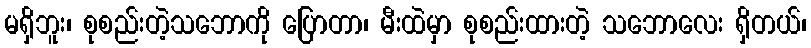
မရှိဘူး၊ စုစည်းတဲ့သဘောကို ပြောတာ၊ မီးထဲမှာ စုစည်းထားတဲ့ သဘောလေး ရှိတယ်၊